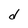
Character: d